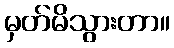
မှတ်မိသွားတာ။